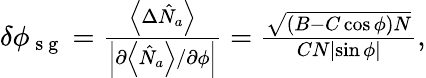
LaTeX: \begin{array}{r}{\delta\phi_{\mathrm{~s~g~}}=\frac{\left\langle\Delta\hat{N}_{a}\right\rangle}{\left\vert\partial\left\langle\hat{N}_{a}\right\rangle/\partial\phi\right\vert}=\frac{\sqrt{(B-C\cos\phi)N}}{CN\left\vert\sin\phi\right\vert},}\end{array}